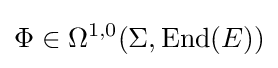
\Phi \in \Omega ^{1,0}(\Sigma ,\operatorname {End} (E))